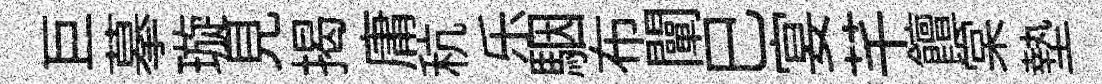
巨摹璇見揭庸秔乐駰布闡巳宴芊饘棠墊